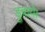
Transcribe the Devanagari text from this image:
डुबाये।